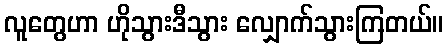
လူတွေဟာ ဟိုသွားဒီသွား လျှောက်သွားကြတယ်။